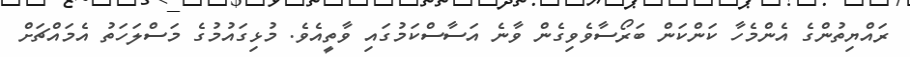
ރައްޔިތުންގެ އެންމެހާ ކަންކަން ބަރޯސާވެވިގެން ވާނެ އަސާސްކަމުގައި ވާތީއެވެ. މުޅިގައުމުގެ މަސްލަހަތު އެމައްޗަށް